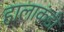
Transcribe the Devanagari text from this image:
हालाकंडी